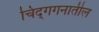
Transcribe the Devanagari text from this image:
चिद्‌गगनातील